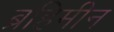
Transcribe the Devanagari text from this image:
ब्रहिमीन